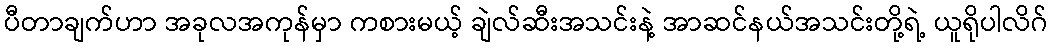
ပီတာချက်ဟာ အခုလအကုန်မှာ ကစားမယ့် ချဲလ်ဆီးအသင်းနဲ့ အာဆင်နယ်အသင်းတို့ရဲ့ ယူရိုပါလိဂ်